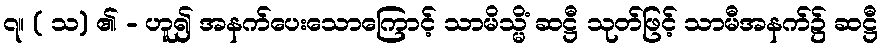
၇။ ( သ) ၏ - ဟူ၍ အနက်ပေးသောကြောင့် သာမိသ္မိံ ဆဋ္ဌီ သုတ်ဖြင့် သာမီအနက်၌ ဆဋ္ဌီ